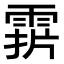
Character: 𩃑